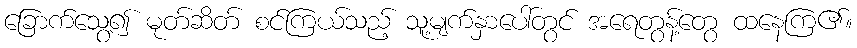
ခြောက်သွေ့၍ မုတ်ဆိတ် စင်ကြယ်သည့် သူ့မျက်နှာပေါ်တွင် အရေတွန့်တွေ ထနေကြ၏။